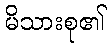
မိသားစု၏